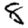
Digit: 8